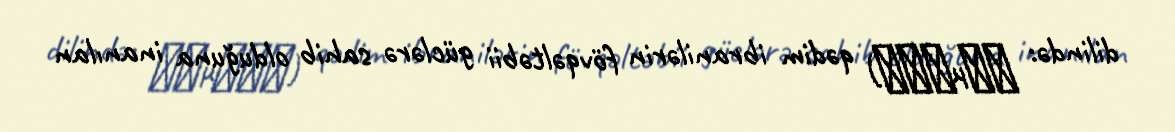
dilində: Σαμψών) qədim ibranilərin fövqəltəbii güclərə sahib olduğuna inanılan